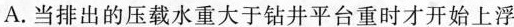
A.当排出的压载水重大于钻井平台重时才开始上浮